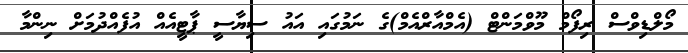
މޯލްޑިވްސް ރިފޯމް މޫވްމަންޓް (އެމްއާރްއެމް)ގެ ނަމުގައި އައު ސިޔާސީ ޕާޓީއެއް އުފެއްދުމަށް ނިންމާ